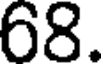
68.